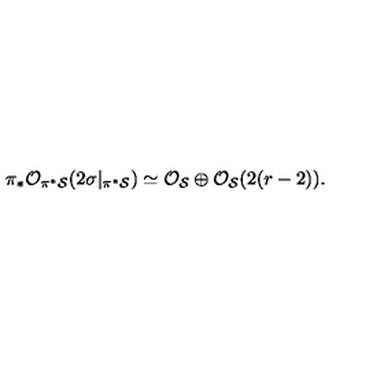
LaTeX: \pi _ { * } { \cal O } _ { \pi ^ { * } { \cal S } } ( 2 \sigma | _ { \pi ^ { * } { \cal S } } ) \simeq { \cal O } _ { { \cal S } } \oplus { \cal O } _ { { \cal S } } ( 2 ( r - 2 ) ) .